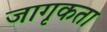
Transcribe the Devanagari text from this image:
जागृकता